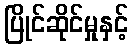
ပြိုင်ဆိုင်မှုနှင့်